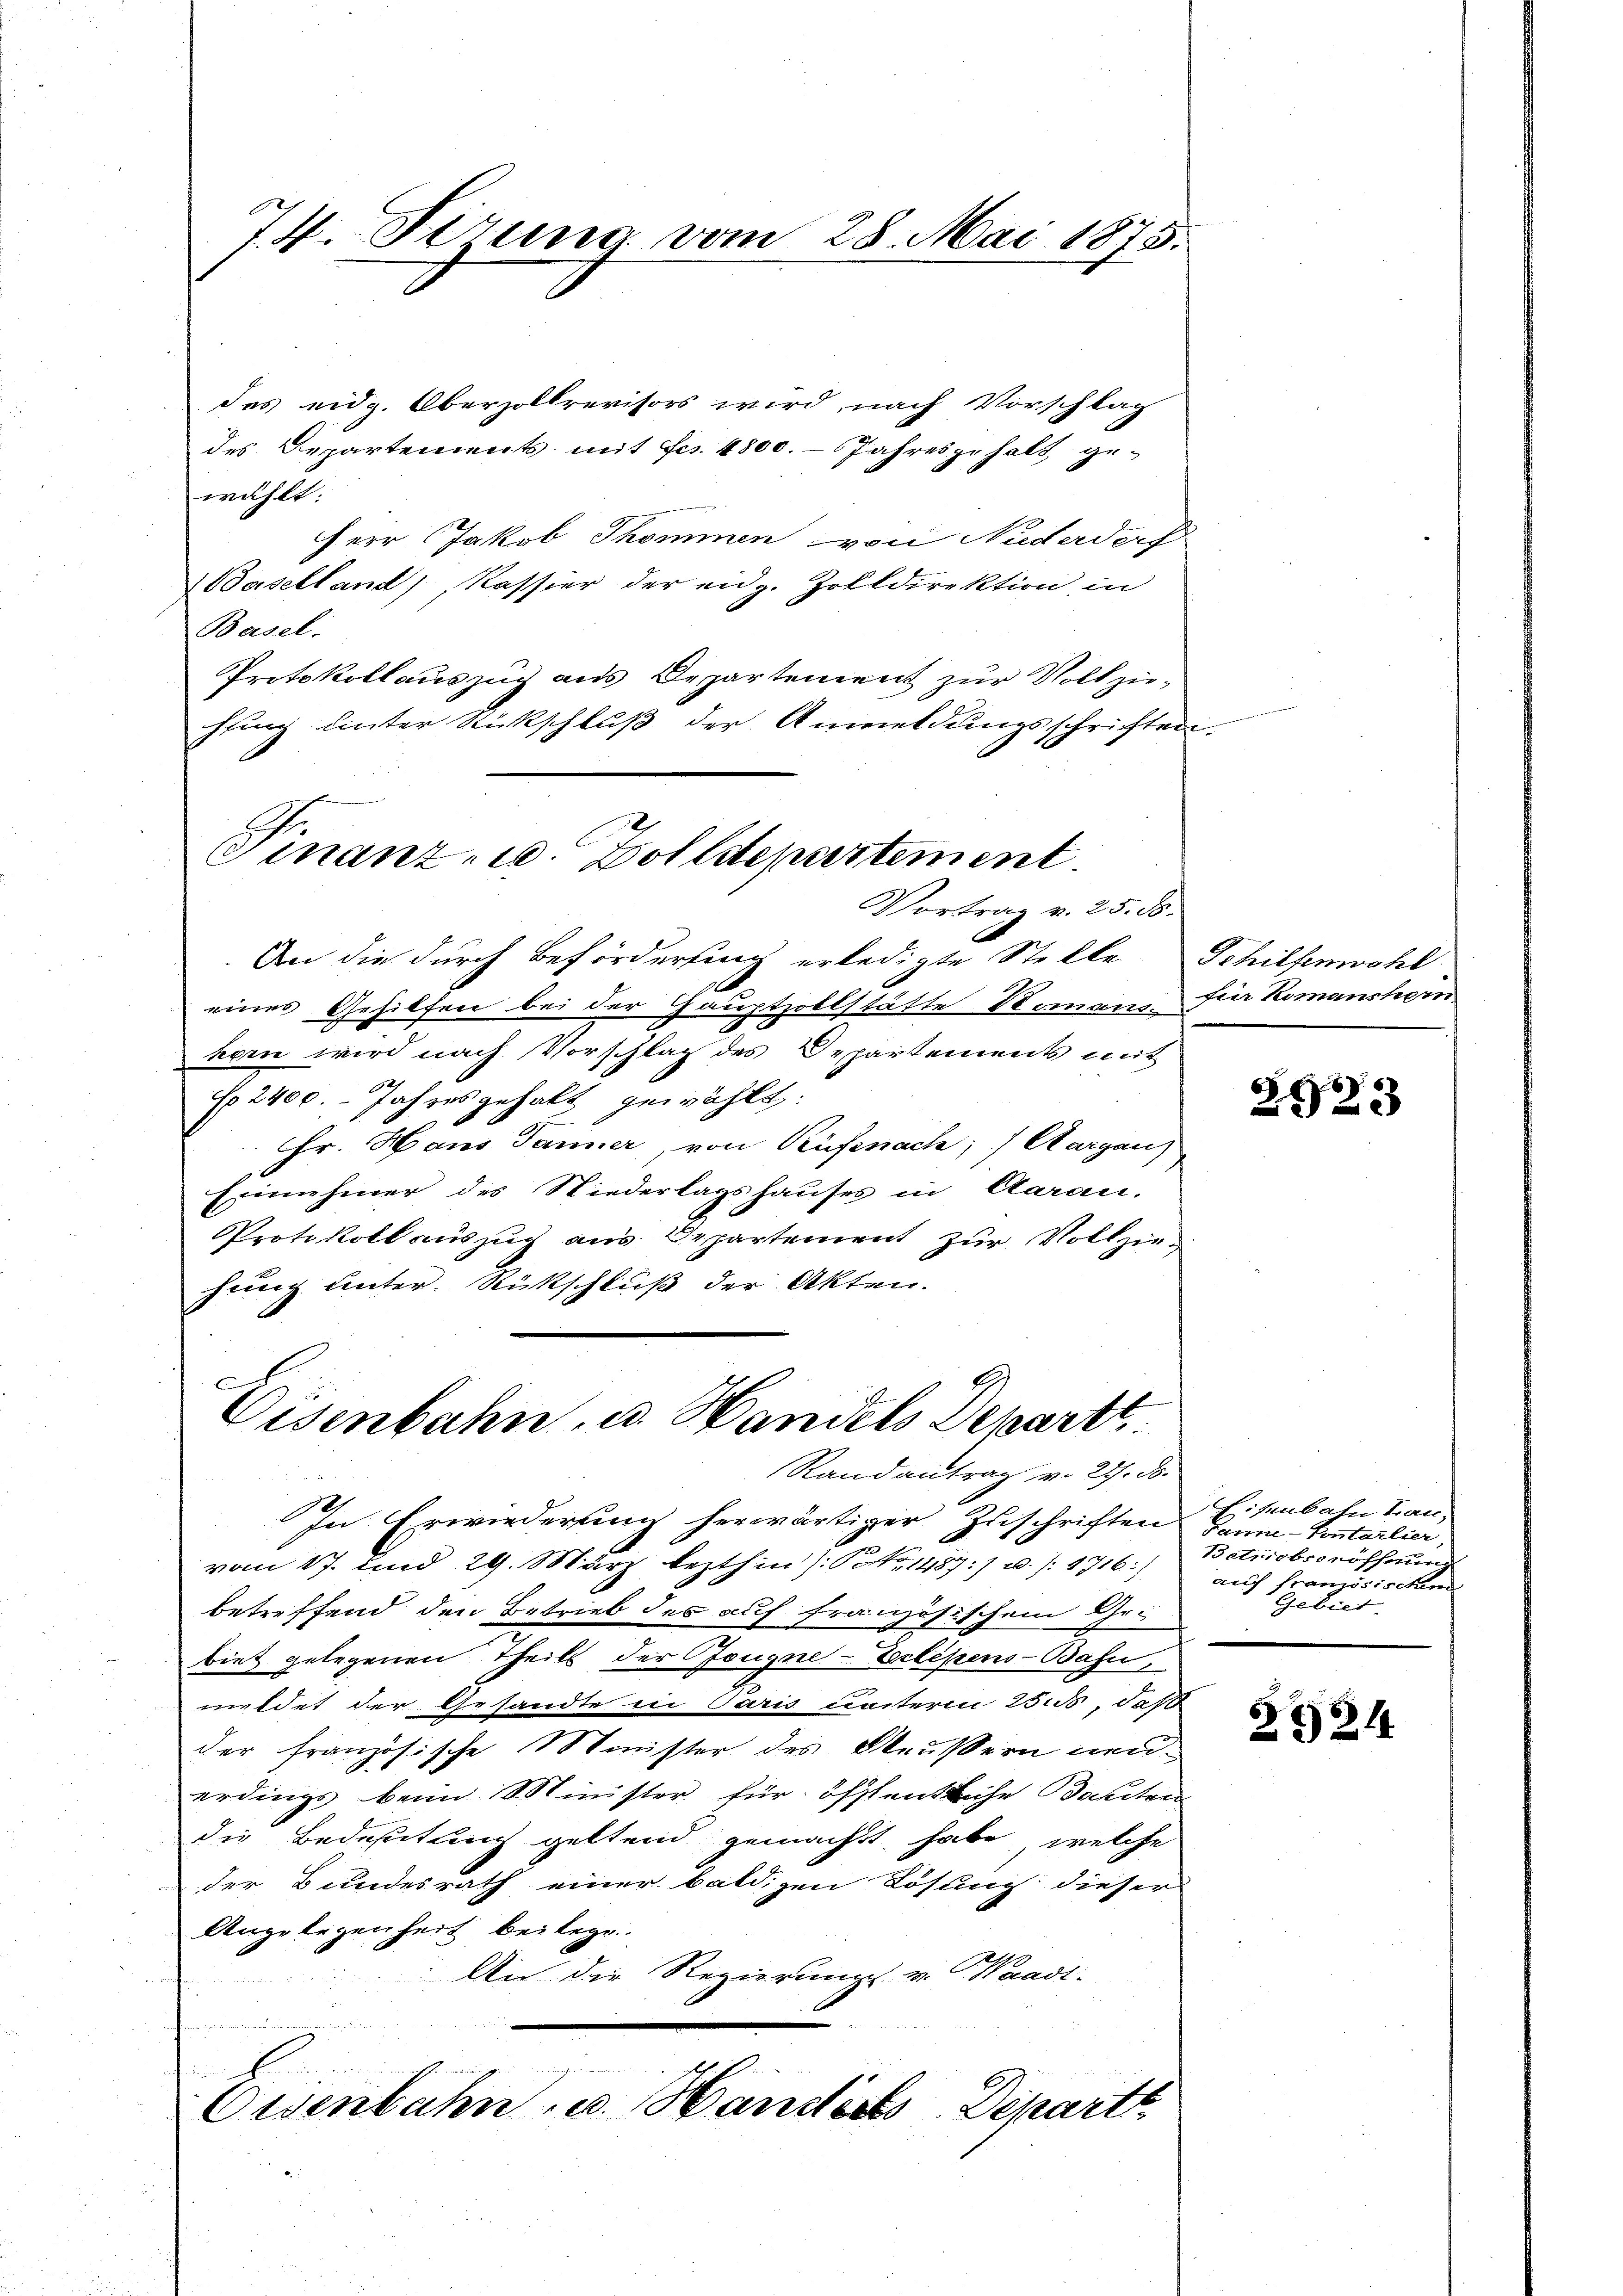
74. Sirung vom 28. Mai 1875.

des eidg. Oberzollrevisors wird, nach Vorschlag
des Departements mit Fr. 4800. Jahresgehalt gewählt:
Herr Jakob Thommen von Niderdorf
Baselland), Kassier der eidg. Zolldirektion, in
Basel.
Protokollauszug aus Departement zur Vollziehtung unter Stückschluß der Anmeldungsschriften.
Finanz- u. Zolldepartement.
Vortrag v. 25. ds.
An die durch Beförderung erledigte Stelle Schilfenwohl
eines Gehilfen bei der Hauptzollstätte Komann fier Komanshein
korn wird nach Vorschlag des Departements mit
No 2400. Jahres gehalt gewählt:
Chr. Hans Tanner, von Rüfenach; / Aargau)
Erinnehiner des Niederlagshauses in Aarau-
Protokoll auszug aus Departement zur Vollziehrung unter. Rückschluß der Akten.

Eisenbahn, u. Handels Departt
Randantrag v. 24. ds.

In Erwiederung herwärtiger Zuschriften
vom 17. und 29. März lezthin) S. 1487: 7 u. s. 1716)
betreffend den Betrieb des auf französischem Ge-
biet gelegenen Theils der Zeugne-Eclipens-Bahn,
meldet der Gesandte in Paris unterm 255, daß
der französische Minister des Meußern neuerdings beim Minister für öffentliche Besiten
die Bedeutung geltend gemacht habe, welche
der Bundesrath einer baldigen Lösung dieser
Angelegenheit beilege.
An die Regierungs- u. Waadt.
un
Eisenbahn u. Handerts Departe

2533

Eisenbahn Lan¬
Hanne-Pontarlier,
Betriebseröffnung
auch französischen
Gebiet.

§134